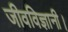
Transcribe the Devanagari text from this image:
जीवविज्ञानी।